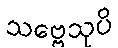
သဗ္ဗေသုပိ